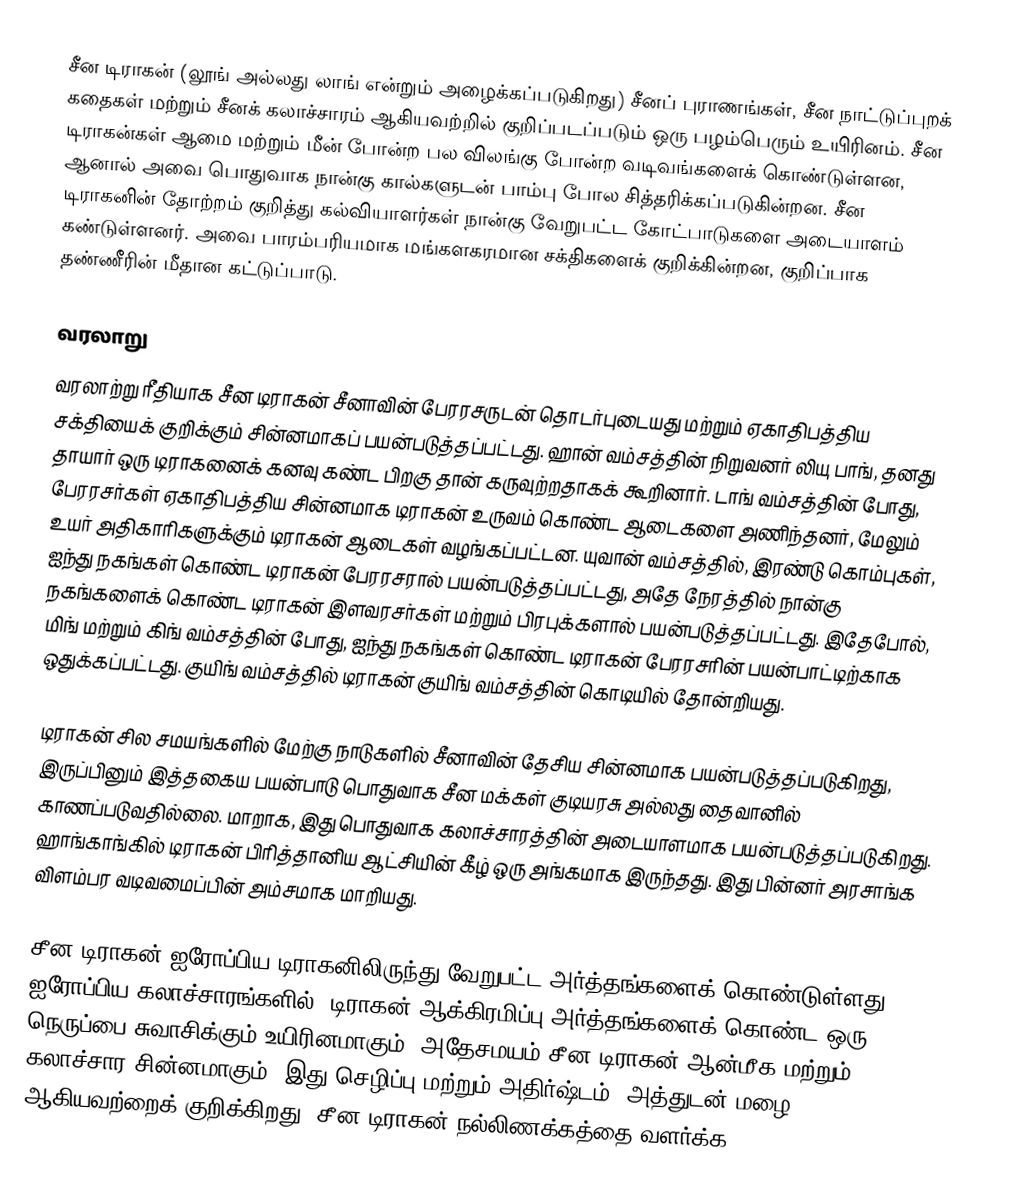
சீன டிராகன் (லூங் அல்லது லாங் என்றும் அழைக்கப்படுகிறது) சீனப் புராணங்கள், சீன நாட்டுப்புறக் கதைகள் மற்றும் சீனக் கலாச்சாரம் ஆகியவற்றில் குறிப்படப்படும் ஒரு பழம்பெரும் உயிரினம். சீன டிராகன்கள் ஆமை மற்றும் மீன் போன்ற பல விலங்கு போன்ற வடிவங்களைக் கொண்டுள்ளன, ஆனால் அவை பொதுவாக நான்கு கால்களுடன் பாம்பு போல சித்தரிக்கப்படுகின்றன. சீன டிராகனின் தோற்றம் குறித்து கல்வியாளர்கள் நான்கு வேறுபட்ட கோட்பாடுகளை அடையாளம் கண்டுள்ளனர். அவை பாரம்பரியமாக மங்களகரமான சக்திகளைக் குறிக்கின்றன, குறிப்பாக தண்ணீரின் மீதான கட்டுப்பாடு.

வரலாறு
வரலாற்று ரீதியாக சீன டிராகன் சீனாவின் பேரரசருடன் தொடர்புடையது மற்றும் ஏகாதிபத்திய சக்தியைக் குறிக்கும் சின்னமாகப் பயன்படுத்தப்பட்டது. ஹான் வம்சத்தின் நிறுவனர் லியு பாங், தனது தாயார் ஒரு டிராகனைக் கனவு கண்ட பிறகு தான் கருவுற்றதாகக் கூறினார். டாங் வம்சத்தின் போது, பேரரசர்கள் ஏகாதிபத்திய சின்னமாக டிராகன் உருவம் கொண்ட ஆடைகளை அணிந்தனர், மேலும் உயர் அதிகாரிகளுக்கும் டிராகன் ஆடைகள் வழங்கப்பட்டன. யுவான் வம்சத்தில், இரண்டு கொம்புகள், ஐந்து நகங்கள் கொண்ட டிராகன் பேரரசரால் பயன்படுத்தப்பட்டது, அதே நேரத்தில் நான்கு நகங்களைக் கொண்ட டிராகன் இளவரசர்கள் மற்றும் பிரபுக்களால் பயன்படுத்தப்பட்டது. இதேபோல், மிங் மற்றும் கிங் வம்சத்தின் போது, ஐந்து நகங்கள் கொண்ட டிராகன் பேரரசரின் பயன்பாட்டிற்காக ஒதுக்கப்பட்டது. குயிங் வம்சத்தில் டிராகன் குயிங் வம்சத்தின் கொடியில் தோன்றியது.

டிராகன் சில சமயங்களில் மேற்கு நாடுகளில் சீனாவின் தேசிய சின்னமாக பயன்படுத்தப்படுகிறது, இருப்பினும் இத்தகைய பயன்பாடு பொதுவாக சீன மக்கள் குடியரசு அல்லது தைவானில் காணப்படுவதில்லை. மாறாக, இது பொதுவாக கலாச்சாரத்தின் அடையாளமாக பயன்படுத்தப்படுகிறது. ஹாங்காங்கில் டிராகன் பிரித்தானிய ஆட்சியின் கீழ்  ஒரு அங்கமாக இருந்தது. இது பின்னர் அரசாங்க விளம்பர வடிவமைப்பின் அம்சமாக மாறியது.

சீன டிராகன் ஐரோப்பிய டிராகனிலிருந்து வேறுபட்ட அர்த்தங்களைக் கொண்டுள்ளது. ஐரோப்பிய கலாச்சாரங்களில், டிராகன் ஆக்கிரமிப்பு அர்த்தங்களைக் கொண்ட ஒரு நெருப்பை சுவாசிக்கும் உயிரினமாகும், அதேசமயம் சீன டிராகன் ஆன்மீக மற்றும் கலாச்சார சின்னமாகும், இது செழிப்பு மற்றும் அதிர்ஷ்டம், அத்துடன் மழை ஆகியவற்றைக் குறிக்கிறது.  சீன டிராகன் நல்லிணக்கத்தை வளர்க்க